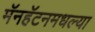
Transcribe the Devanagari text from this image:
मॅनहॅटनमधल्या